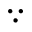
\because